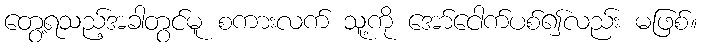
တွေ့ရသည့်အခါတွင်မူ စကားလက် သူ့ကို အော်ငေါက်ပစ်၍လည်း မဖြစ်။